Leningradi_Edasi_toimetus, lk 96
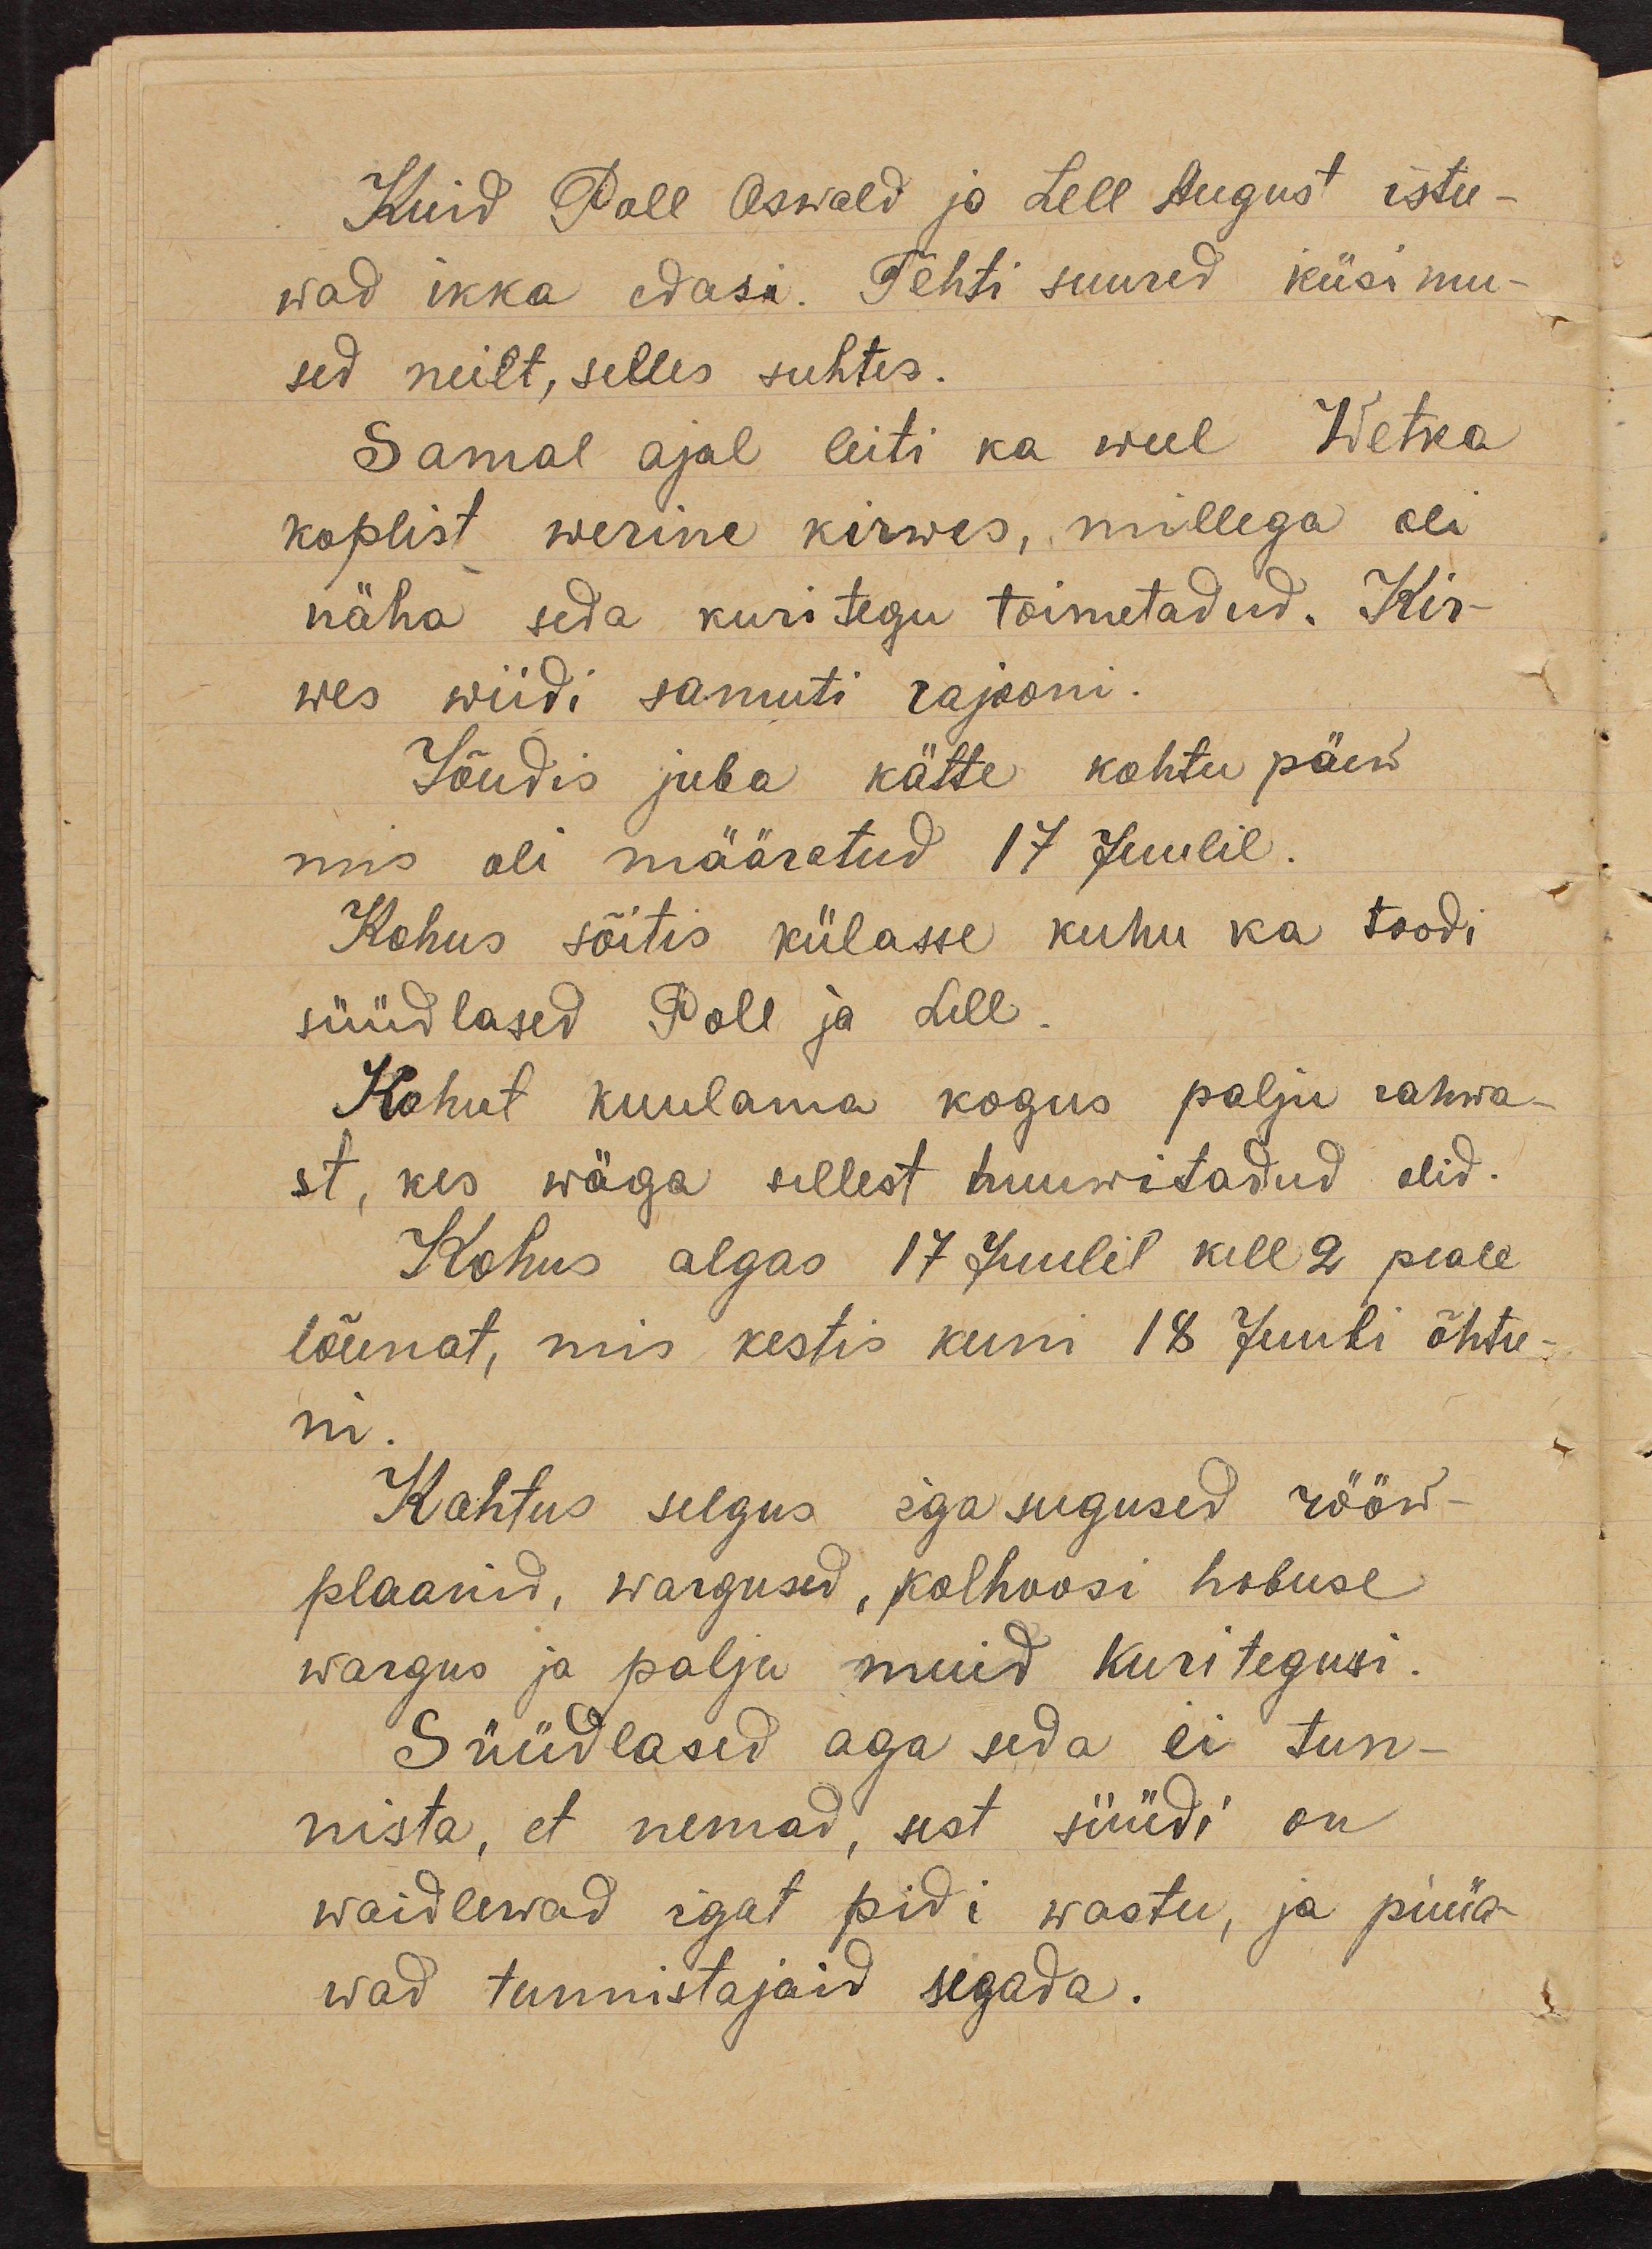
Kuid Poll Oswald ja Lell August istu-
wad ikka edasi. Tehti suured küsimu-
sed neilt, selles suhtes.
Samal ajal leiti ka weel Wetka
koplist werine kirwes, millega oli
näha seda kuritegu toimetadud. Kir-
wes wiidi samuti rajooni.
Jõudis juba kätte kohtu päew
mis oli määratud 17 Juulil.
Kohus sõitis külasse kuhu ka toodi
süüdlased Poll ja Lell.
Kohut kuulama kogus palju rahwa-
st, kes wäga sellest huuwitadud olid.
Kohus algas 17 Juulil kell 2 peale
lõunat, mis kestis kuni 18 Juuli õhtu-
ni
Kohtus selgus igasugused rööw-
plaanid, wargused, kolhoosi hobuse
wargus ja palju muid kuritegusi.
Süüdlased aga seda ei tun-
nista, et nemad, sest süüdi on
waidlewad igat pidi wastu, ja püüa-
wad tunnistajaid segada.